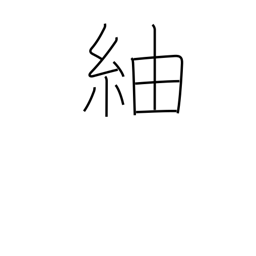
Meaning: pongee (a knotted silk cloth)